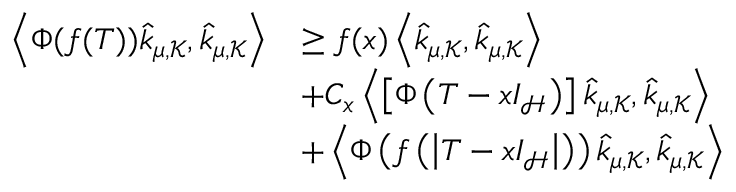
\begin{array} { r l } { \left\langle \Phi ( f ( T ) ) \widehat { k } _ { \mu , \mathcal { K } } , \widehat { k } _ { \mu , \mathcal { K } } \right\rangle } & { \geq f ( x ) \left\langle \widehat { k } _ { \mu , \mathcal { K } } , \widehat { k } _ { \mu , \mathcal { K } } \right\rangle } \\ & { + C _ { x } \left\langle \left[ \Phi \left( T - x I _ { \mathcal { H } } \right) \right] \widehat { k } _ { \mu , \mathcal { K } } , \widehat { k } _ { \mu , \mathcal { K } } \right\rangle } \\ & { + \left\langle \Phi \left( f \left( \left\vert T - x I _ { \mathcal { H } } \right\vert \right) \right) \widehat { k } _ { \mu , \mathcal { K } } , \widehat { k } _ { \mu , \mathcal { K } } \right\rangle } \end{array}